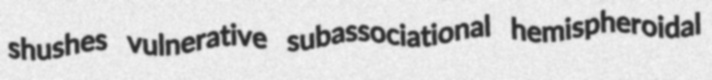
shushes vulnerative subassociational hemispheroidal